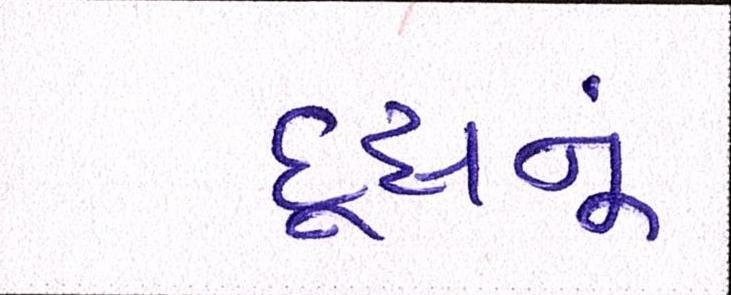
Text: દૂધનું